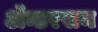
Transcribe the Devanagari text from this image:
ॲन्डरसन